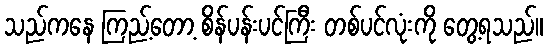
သည်ကနေ ကြည့်တော့ စိန်ပန်းပင်ကြီး တစ်ပင်လုံးကို တွေ့ရသည်။